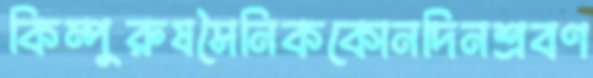
কিম্পুরুষসৈনিককোনদিনশ্রবণ